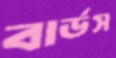
বার্ডস